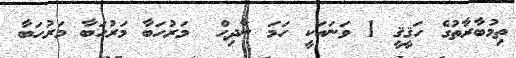
ތިމުބާރާތުގެ ހަޤީޤީ 1 ވަނައަކީ ހަމަ ނާދިޙް  މަރުހަބާ މަރުހަބާ މަރުހަބާ